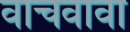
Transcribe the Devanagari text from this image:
वाचवावा